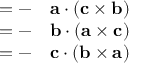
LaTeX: \begin{array} { r l } { = - } & { { } \mathbf { a } \cdot ( \mathbf { c } \times \mathbf { b } ) } \\ { = - } & { { } \mathbf { b } \cdot ( \mathbf { a } \times \mathbf { c } ) } \\ { = - } & { { } \mathbf { c } \cdot ( \mathbf { b } \times \mathbf { a } ) } \end{array}